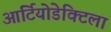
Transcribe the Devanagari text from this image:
आर्टियोडेक्टिला